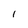
Character: 1